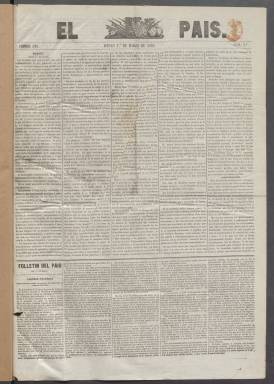
Título: El País (Madrid. 1849)
Colección: Periódicos
Ámbito geográfico: Madrid
Lugar de publicación: Madrid
Fechas: 01/03/1849-09/06/1850